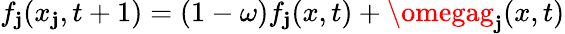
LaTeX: f_{\mathbf{j}}(x_{\mathbf{j}},t+1)=(1-\omega)f_{\mathbf{j}}(x,t)+\omegag_{\mathbf{j}}(x,t)